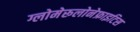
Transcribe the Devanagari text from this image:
ग्लोमेरूलोनेफ्राइटिस